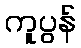
ကူပွန်